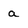
Character: a